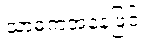
သာဓကအနေဖြင့်